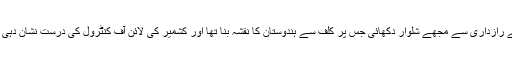
یہ کہ کر دادا نے کالج بیگ کھولا اور دائیں بائیں دیکھتے رازداری سے مجھے شلوار دکھائی جس پر کلف سے ہندوستان کا نقشہ بنا تھا اور کشمیر کی لائن آف کنٹرول کی درست نشان دہی ہو رہی تھی البتہ چین ہندوستان کا حصہ ظاہر ہو رہا تھا۔